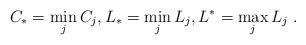
LaTeX: \begin{align*} C_*=\min_j C_j,L_*=\min_j L_j, L^*=\max_j L_j\ .\end{align*}